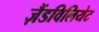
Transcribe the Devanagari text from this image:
ज़ैंडविलियेट